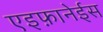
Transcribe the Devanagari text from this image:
एइफ़ानेईस